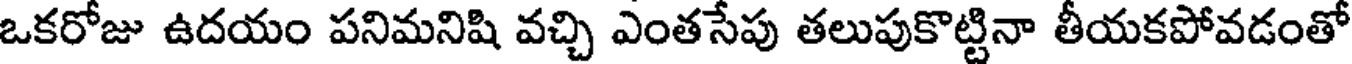
ఒకరోజు ఉదయం పనిమనిషి వచ్చి ఎంతసేపు తలుపుకొట్టినా తీయకపోవడంతో